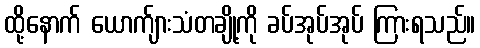
ထို့နောက် ယောက်ျားသံတချို့ကို ခပ်အုပ်အုပ် ကြားရသည်။